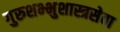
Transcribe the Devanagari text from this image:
गुरुशभ्भुशास्त्रसेवा